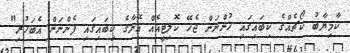
ކާމިޔާބު ކޯޗެއްގެ ކިބައިގައި ހުންނަން ޖެހޭ ކޮލިޓީއެއް އޭނާގެ ކިބައިގައި ފެންނަން އެބަހުރި"